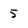
Character: 5